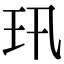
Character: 𤣲